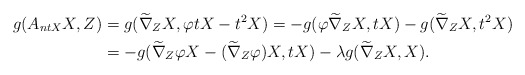
\begin{align*}g(A_{ntX}X,Z)&=g(\widetilde\nabla_{Z}X,\varphi tX-t^{2}X)=-g(\varphi\widetilde\nabla_{Z}X,tX)-g(\widetilde\nabla_{Z}X, t^{2}X) \\ &=-g(\widetilde\nabla_{Z}\varphi X-(\widetilde\nabla_{Z}\varphi)X, tX)-\lambda g(\widetilde\nabla_{Z}X, X).\end{align*}